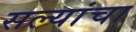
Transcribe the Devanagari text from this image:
सल्यांचा